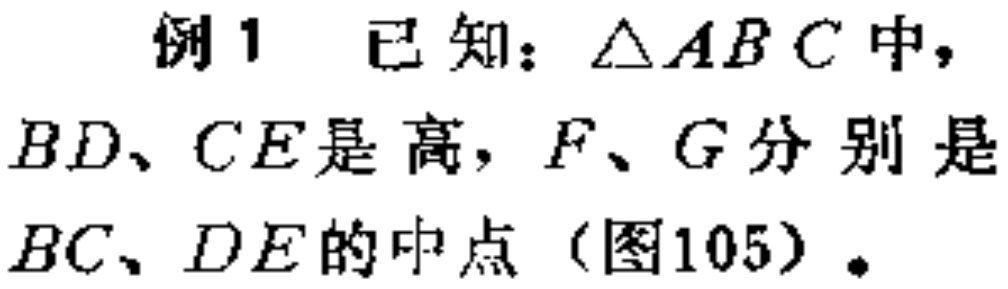
例1 已知：$\triangle ABC$中，$BD、CE$是高，$F、G$分别是$BC、DE$的中点（图105）。